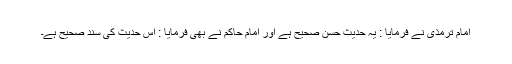
امام ترمذی نے فرمایا : یہ حدیث حسن صحیح ہے اور امام حاکم نے بھی فرمایا : اس حدیث کی سند صحیح ہے۔